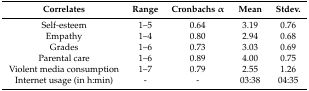
| Correlates | Range | Cronbachs α | Mean | Stdev. |
 | --- | --- | --- | --- | --- |
 | Self-esteem | 1–5 | 0.64 | 3.19 | 0.76 |
 | Empathy | 1–4 | 0.80 | 2.94 | 0.68 |
 | Grades | 1–6 | 0.73 | 3.03 | 0.69 |
 | Parental care | 1–6 | 0.89 | 4.00 | 0.75 |
 | Violent media consumption | 1–7 | 0.79 | 2.55 | 1.26 |
 | Internet usage (in h:min) | - | - | 03:38 | 04:35 |